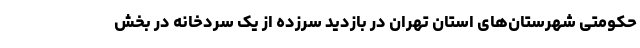
حکومتی شهرستان‌های استان تهران در بازدید سرزده از یک سردخانه در بخش